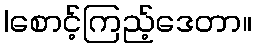
|စောင့်ကြည့်ဒေတာ။